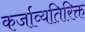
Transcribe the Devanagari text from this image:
कर्जाव्यतिरिक्त